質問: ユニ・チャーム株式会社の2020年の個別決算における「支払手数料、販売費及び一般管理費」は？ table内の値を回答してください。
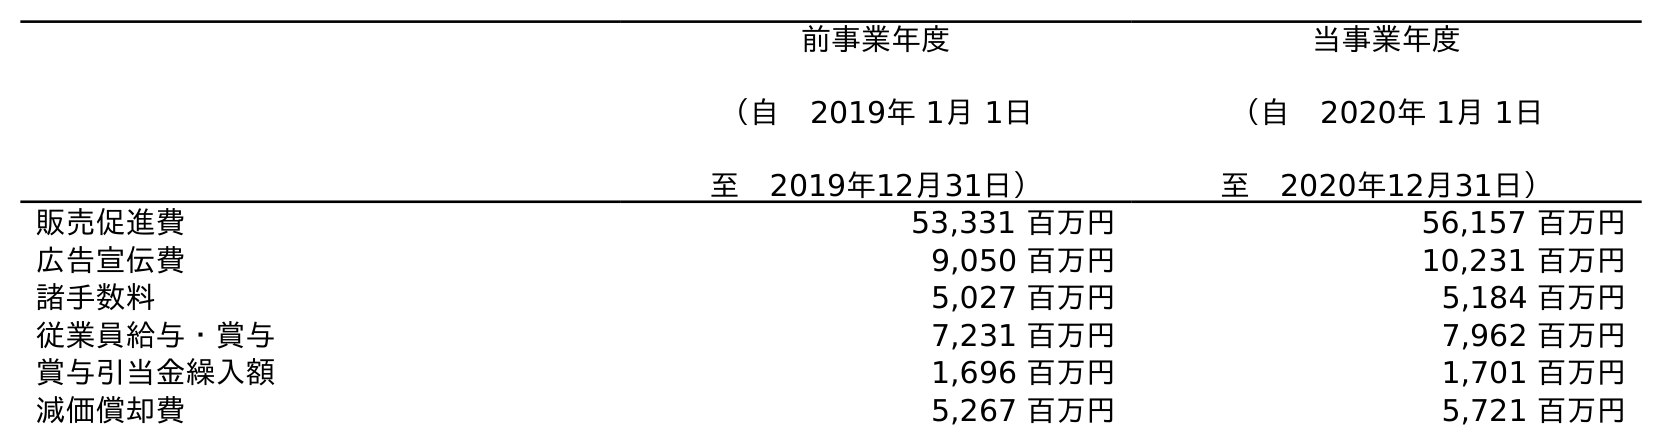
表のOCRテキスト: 前事業年度 （自 2019年 1月 1日 至 2019年12月31日） 当事業年度 （自 2020年 1月 1日 至 2020年12月31日） 販売促進費 53,331 百万円 56,157 百万円 広告宣伝費 9,050 百万円 10,231 百万円 諸手数料 5,027 百万円 5,184 百万円 従業員給与・賞与 7,231 百万円 7,962 百万円 賞与引当金繰入額 1,696 百万円 1,701 百万円 減価償却費 5,267 百万円 5,721 百万円
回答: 5,184百万円